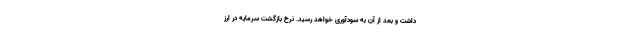
داشت و بعد از آن به سودآوری خواهد رسید. نرخ بازگشت سرمایه در ارز